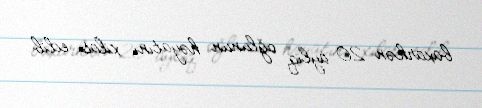
baxarkən 20 aylıq oğlunun həyatını xilas edib.